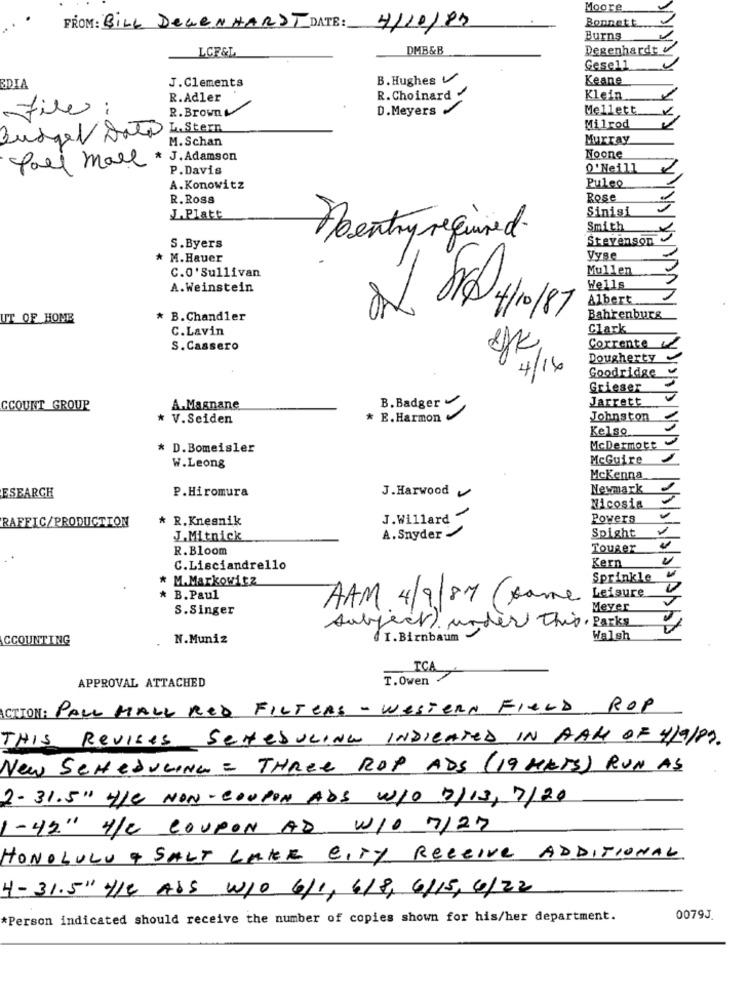
Moore
Bonnett ..
FROM : BILL DEGENHARDT DATE:
4/10/83
Burns
LGF&L
DMB &B
Degenhardt
Gesell
J. Clements
B.Hughes
Keane
EDIA
R.Adler
R.Choinard .
Klein
R.Brown
D.Meyers
Mellett
file:
L.Stern
Milrod
Budget Dato
M. Schan
Murray
Noone
Pall mall * J. Adamson
P.Davis
0'Neill
Puleo
A.Konowitz
R. Ross
Rose
Sinisi
J.Platt
Smith
Doentry required.
Stevenson
S.Byers
* M.Hauer
Vyse
Mullen
C.O' Sullivan
A.Weinstein
Wells
Albert
UT OF HOME
* B.Chandler
Bahrenburg
C.Lavin
Clark
S. Cassero
Dougherty
4/16
Goodridge
Grieser
Jarrett
CCOUNT GROUP
A.Magnane
B. Badger
V.Seiden
* E. Harmon
Johnston
Kelso
* D.Bomeisler
McDermott
McGuire
W.Leong
Mckenna
P.Hiromura
J.Harwood
Newmark
ESEARCH
Nicosia
* R.Knesnik
J. Willard -
Powers
RAFFIC/PRODUCTION
A. Snyder
J.Mitnick
Spight
R.Bloom
Touger
C.Lisciandrello
Kern
* M.Markowitz
Sprinkle
Leisure
* B. Paul
AAM 4/9/87 (name
S.Singer
Meyer
subject). under This, Parks
VADANDAD
CCOUNTING
N.Muniz
. I. Birnbaum
Walsh
TCA
APPROVAL ATTACHED
T.Owen
ACTION: PALL MALL RED FILTERS - WESTERN FreLD ROP
THIS Revises SereSULING INDICATED IN AAM OF 4/9/89.
New SCHEDULING = THREE ROP ADS (19 METS) RUN AS
2-31.5" HIC NON-COUPON ADS WIO 5/13, 7/20
1-42" 4/2 COUPON AD WIO 7/27
HONOLULU + SALT LAKE CITY Receive ADDITIONAL
4-31.5" /e Abs w/o 6/1, 6/8, 6/15, 6/22
*Person indicated should receive the number of copies shown for his/her department.
0079J.